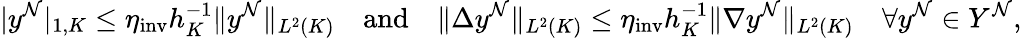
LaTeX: |y^{\mathcal{N}}|_{1,K}\leq\eta_{\mathrm{inv}}h_{K}^{-1}\| y^{\mathcal{N}}\| _{L^{2}(K)}\quad\mathrm{and}\quad\| \Delta y^{\mathcal{N}}\| _{L^{2}(K)}\leq\eta_{\mathrm{inv}}h_{K}^{-1}\| \nabla y^{\mathcal{N}}\| _{L^{2}(K)}\quad\forall y^{\mathcal{N}}\in Y^{\mathcal{N}},